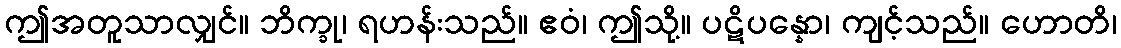
ဤအတူသာလျှင်။ ဘိက္ခု၊ ရဟန်းသည်။ ဧဝံ၊ ဤသို့။ ပဋိပန္နော၊ ကျင့်သည်။ ဟောတိ၊